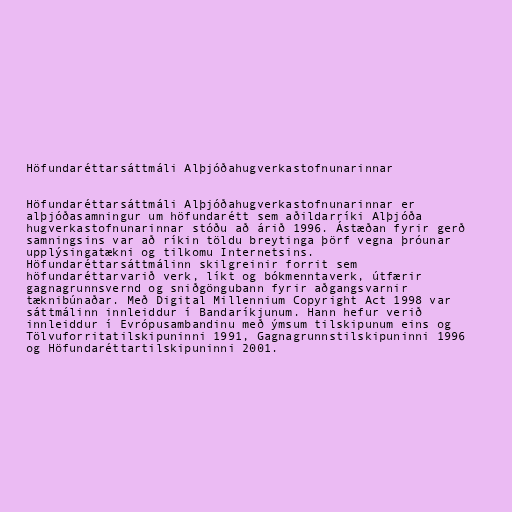
Höfundaréttarsáttmáli Alþjóðahugverkastofnunarinnar

Höfundaréttarsáttmáli Alþjóðahugverkastofnunarinnar er
alþjóðasamningur um höfundarétt sem aðildarríki Alþjóða
hugverkastofnunarinnar stóðu að árið 1996. Ástæðan fyrir gerð
samningsins var að ríkin töldu breytinga þörf vegna þróunar
upplýsingatækni og tilkomu Internetsins.
Höfundaréttarsáttmálinn skilgreinir forrit sem
höfundaréttarvarið verk, líkt og bókmenntaverk, útfærir
gagnagrunnsvernd og sniðgöngubann fyrir aðgangsvarnir
tæknibúnaðar. Með Digital Millennium Copyright Act 1998 var
sáttmálinn innleiddur í Bandaríkjunum. Hann hefur verið
innleiddur í Evrópusambandinu með ýmsum tilskipunum eins og
Tölvuforritatilskipuninni 1991, Gagnagrunnstilskipuninni 1996
og Höfundaréttartilskipuninni 2001.